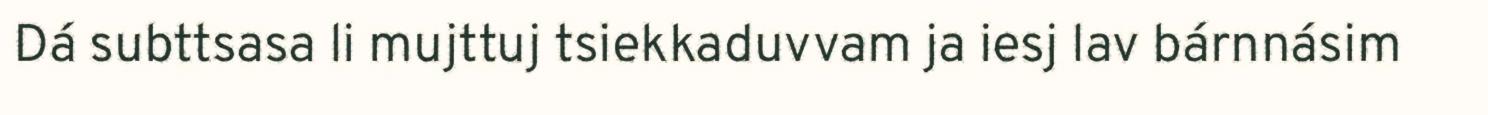
Dá subttsasa li mujttuj tsiekkaduvvam ja iesj lav bárnnásim